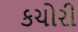
કચોરી